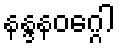
နန္ဒနဝဂ္ဂေါ